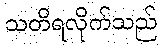
သတိရလိုက်သည်